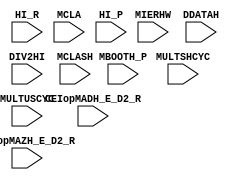
module x (/*AUTOARG*/
          // Inputs
          MIERHW, MBOOTH_P, CEIopMADH_E_D2_R, CEIopMAZH_E_D2_R, DDATAH, DIV2HI, HI_R, MCLA, MCLASH,
          MULTSHCYC, MULTUSCYC, HI_P
          );
   
   input [18:0] MIERHW;
   integer      i;
   integer      MTEMP1;
   integer      MTEMP2;
   input        MBOOTH_P;
   input        CEIopMADH_E_D2_R;
   input        CEIopMAZH_E_D2_R;
   input        DDATAH;
   input        DIV2HI;
   input        HI_R;
   input        MCLA;
   input        MCLASH;
   input        MULTSHCYC;
   input        MULTUSCYC;
   input        HI_P;
   
   /*AUTOREG*/
   
   /*AUTOINPUT*/
   
   /*AUTOOUTPUT*/
   
   always @(/*AUTOSENSE*/MIERHW) begin
      
      for (i=0; i<=5; i=i+1) begin
         
         MTEMP1[3:0] = {MIERHW[i*3+3],
                        MIERHW[i*3+2],
                        MIERHW[i*3+1],
                        MIERHW[i*3+0]};
         
         casex (MTEMP1)
           
           4'b0000: MTEMP2 = 4'b0101; // +0
           4'b0001: MTEMP2 = 4'b0001; // +1
           4'b0010: MTEMP2 = 4'b0001; // +1
           4'b0011: MTEMP2 = 4'b0010; // +2
           4'b0100: MTEMP2 = 4'b0010; // +2
           4'b0101: MTEMP2 = 4'b0100; // +3
           4'b0110: MTEMP2 = 4'b0100; // +3
           4'b0111: MTEMP2 = 4'b1000; // +4
           4'b1000: MTEMP2 = 4'b0111; // -4
           4'b1001: MTEMP2 = 4'b1011; // -3
           4'b1010: MTEMP2 = 4'b1011; // -3
           4'b1011: MTEMP2 = 4'b1101; // -2
           4'b1100: MTEMP2 = 4'b1101; // -2
           4'b1101: MTEMP2 = 4'b1110; // -1
           4'b1110: MTEMP2 = 4'b1110; // -1
           4'b1111: MTEMP2 = 4'b1010; // -0
           
         endcase
         
      end
      
      {MBOOTH_P[i*4+3],
       MBOOTH_P[i*4+2],
       MBOOTH_P[i*4+1],
       MBOOTH_P[i*4+0]} = MTEMP2[3:0];
      
   end
   
   //  always @(/*AUTOnotSENSE*/
   //           __CEIopMADH_E_D2_R or __CEIopMAZH_E_D2_R or __DIV2HI or
   //           __MULTUSCYC or __MULTSHCYC or
   //           __DDATAH or __HI_R or __MCLA or __MCLASH)  begin
   
   //  always @(/*AUTOSENSE*/DDATAH or HI_R or MCLA or MCLASH)  begin
`define DMCLASH MCLASH
`define DCONST 1'b1
   always @(/*AUTOSENSE*/CEIopMADH_E_D2_R or CEIopMAZH_E_D2_R or DDATAH or DIV2HI or MCLA or MCLASH
            or MULTSHCYC or MULTUSCYC)  begin
      
      case (1'b1)
        CEIopMADH_E_D2_R: HI_P = MCLA;
        CEIopMAZH_E_D2_R: HI_P = MCLA;
        DIV2HI:           HI_P = DDATAH;
        MULTUSCYC:        HI_P = MCLA;
        MULTSHCYC:        HI_P = `DMCLASH;
        default:          HI_P = `DCONST;
      endcase
   end
endmodule